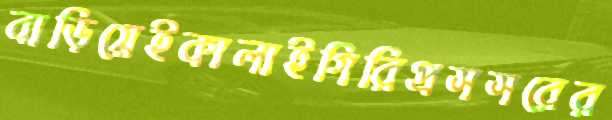
বাড়িয়েইকালাইগিরিপ্রসসরের